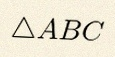
\triangle ABC